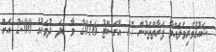
ޝައުޤުވެރިވެލައްވާ ފަރާތްތަކުން 17 އޮގަސްޓު 2016 ވާ ބުދަ ދުވަހުގެ 2:00 އަށް